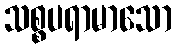
သစ္စပရာမာသော